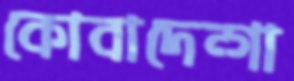
কোবাদেন্গা